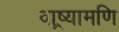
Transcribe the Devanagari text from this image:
वाष्र्यामणि